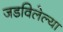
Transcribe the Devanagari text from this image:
जडविलेल्या